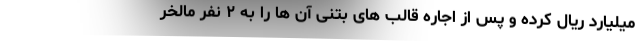
میلیارد ریال کرده و پس از اجاره قالب های بتنی آن ها را به ۲ نفر مالخر